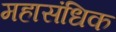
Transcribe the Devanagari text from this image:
महासंधिक